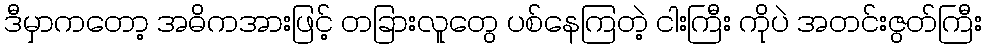
ဒီမှာကတော့ အဓိကအားဖြင့် တခြားလူတွေ ပစ်နေကြတဲ့ ငါးကြီး ကိုပဲ အတင်းဇွတ်ကြီး